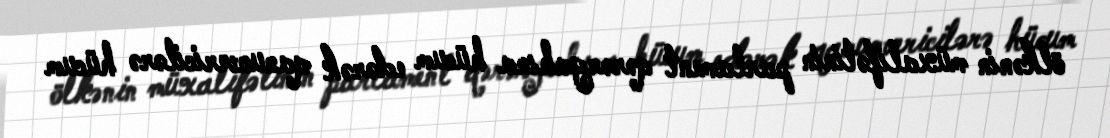
ölkənin müxalifətinin parlament qərərgahına hücum edərək qanunvericilərə hücum